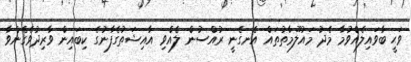
ވަޙީ ބާވައިލެއްވުމާ މެދު މައުލޫމާތުތައް އެނގެނީ ރުއްސުން ލެއްވި އާއިޝަތުގެފާނުގެ ކިބައިން ވާރިދުވެގެންވާ